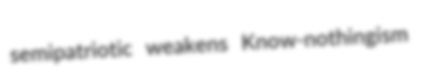
semipatriotic weakens Know-nothingism